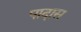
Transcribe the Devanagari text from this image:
पादास